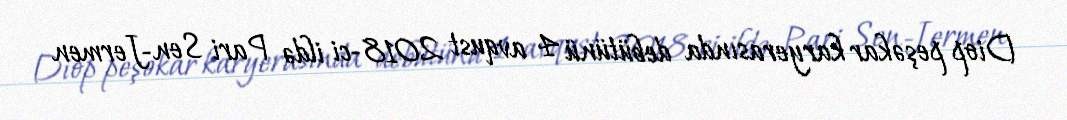
Diop peşəkar karyerasında debütünü 4 avqust 2018-ci ildə Pari Sen-Jermen